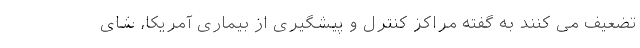
تضعیف می کنند به گفته مراکز کنترل و پیشگیری از بیماری آمریکا، شای